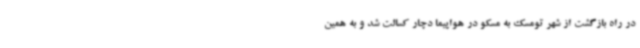
در راه بازگشت از شهر تومسک به مسکو در هواپیما دچار کسالت شد و به همین